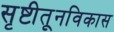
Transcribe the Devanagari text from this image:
सृष्टीतूनविकास